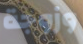
وزوجة